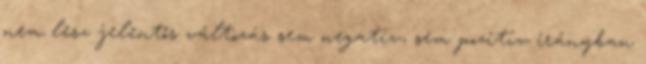
nem lesz jelentős változás sem negatív, sem pozitív irányban